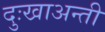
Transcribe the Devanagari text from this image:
दुःखाअन्ती